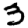
Digit: 3